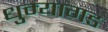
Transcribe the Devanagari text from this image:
धुम्यागड